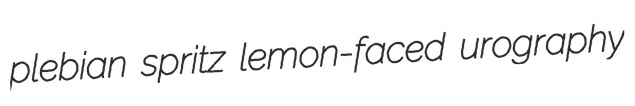
plebian spritz lemon-faced urography